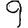
Digit: 9